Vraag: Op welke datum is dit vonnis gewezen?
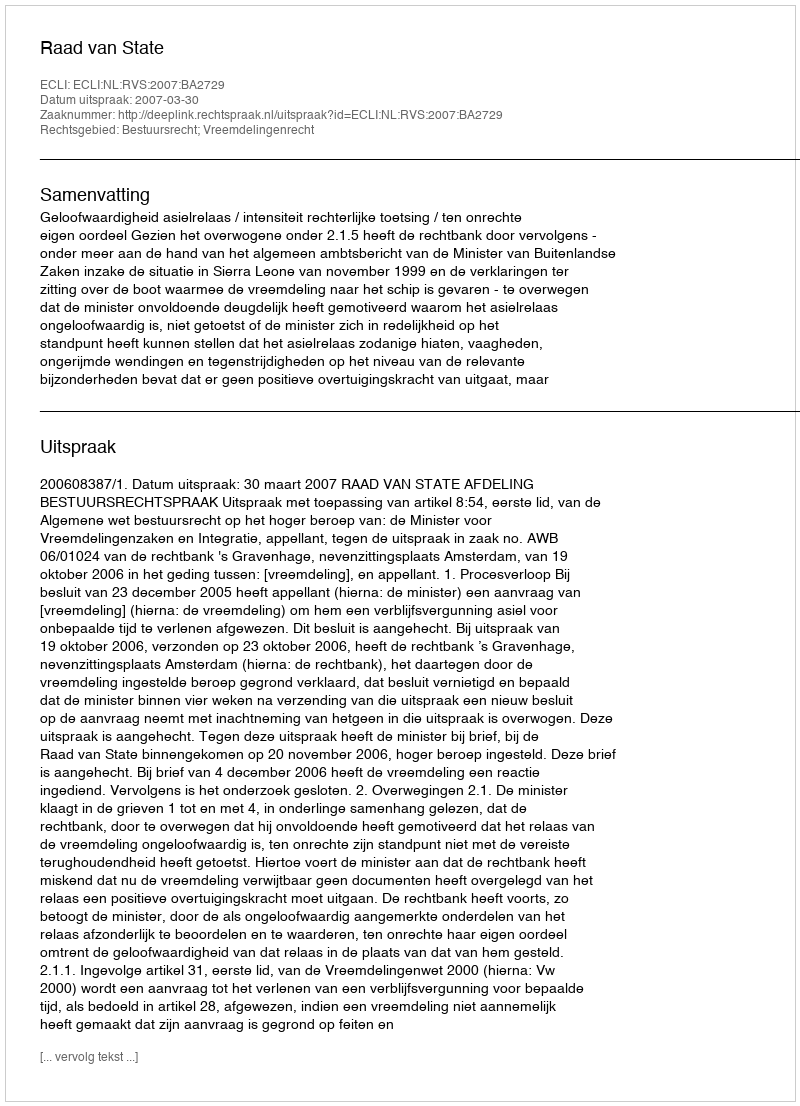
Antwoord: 2007-03-30